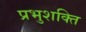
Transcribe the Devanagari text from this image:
प्रभुशक्ति